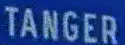
TANGER